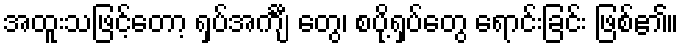
အထူးသဖြင့်တော့ ရှပ်အင်္ကျီ တွေ၊ စပို့ရှပ်တွေ ရောင်းခြင်း ဖြစ်၏။